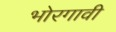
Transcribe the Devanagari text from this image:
भोरगावी